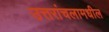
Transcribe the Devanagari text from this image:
उत्तरांचलामधील